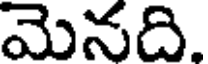
మెనది.